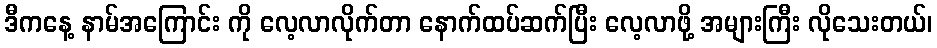
ဒီကနေ့ နာမ်အကြောင်း ကို လေ့လာလိုက်တာ နောက်ထပ်ဆက်ပြီး လေ့လာဖို့ အများကြီး လိုသေးတယ်၊